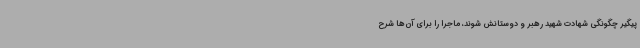
پیگیر چگونگی شهادت شهید رهبر و دوستانش شوند، ماجرا را برای آن‌ها شرح